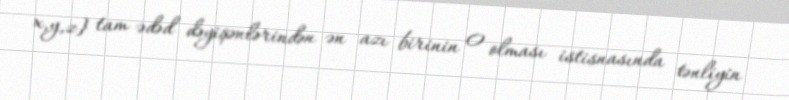
x,y,z} tam ədəd dəyişənlərindən ən azı birinin 0 olması istisnasında tənliyin